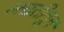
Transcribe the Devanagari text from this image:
लढतीतून